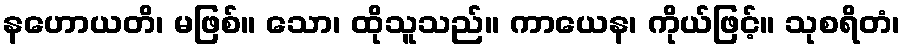
နဟောယတိ၊ မဖြစ်။ သော၊ ထိုသူသည်။ ကာယေန၊ ကိုယ်ဖြင့်။ သုစရိတံ၊